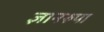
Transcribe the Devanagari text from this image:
ज्ञानरुपा